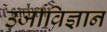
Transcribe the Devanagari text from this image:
उर्जाविज्ञान